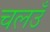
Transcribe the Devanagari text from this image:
चलउँ